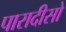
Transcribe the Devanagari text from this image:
पारादीसो